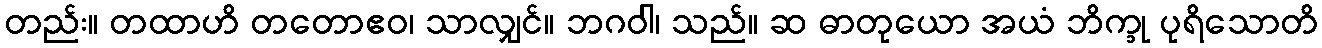
တည်း။ တထာဟိ တတောဧဝ၊ သာလျှင်။ ဘဂဝါ၊ သည်။ ဆ ဓာတုယော အယံ ဘိက္ခု ပုရိသောတိ